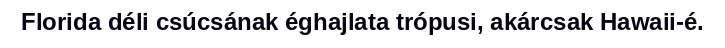
Florida déli csúcsának éghajlata trópusi, akárcsak Hawaii-é.